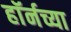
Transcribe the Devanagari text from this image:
हाॅर्नच्या